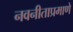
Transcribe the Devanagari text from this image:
नवनीताप्रमाणे